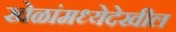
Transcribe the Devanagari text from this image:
खेळांमध्येदेखील